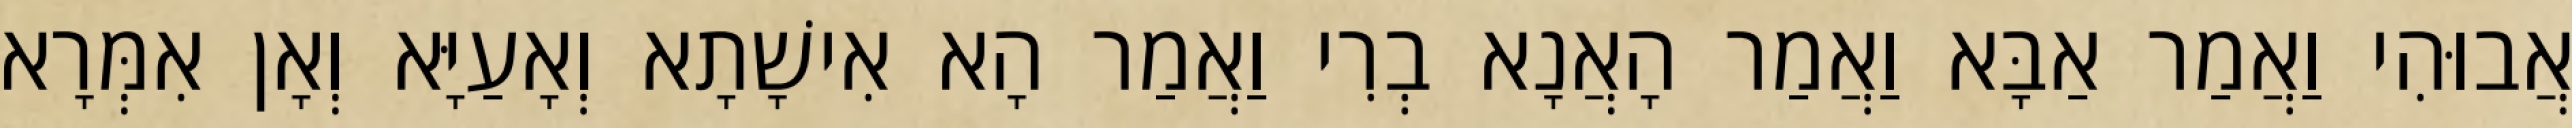
אֲבוּהִי וַאֲמַר אַבָּא וַאֲמַר הָאֲנָא בְרִי וַאֲמַר הָא אִישָׁתָא וְאָעַיָּא וְאָן אִמְּרָא